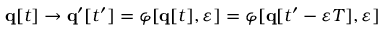
\mathbf { q } [ t ] \rightarrow \mathbf { q } ^ { \prime } [ t ^ { \prime } ] = \varphi [ \mathbf { q } [ t ] , \varepsilon ] = \varphi [ \mathbf { q } [ t ^ { \prime } - \varepsilon T ] , \varepsilon ]